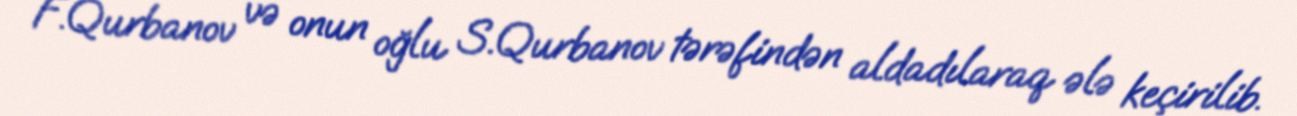
F.Qurbanov və onun oğlu S.Qurbanov tərəfindən aldadılaraq ələ keçirilib.